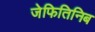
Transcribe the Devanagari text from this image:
जेफितिनिब